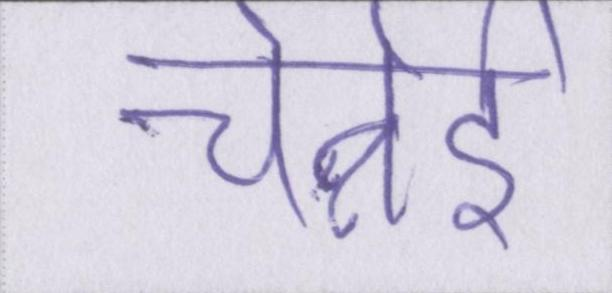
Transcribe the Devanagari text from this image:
चेन्नेई